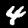
Digit: 4